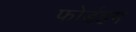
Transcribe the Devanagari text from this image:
फोर्डहम